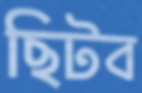
ছিটব